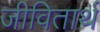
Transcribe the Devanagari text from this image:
जीवितार्थ